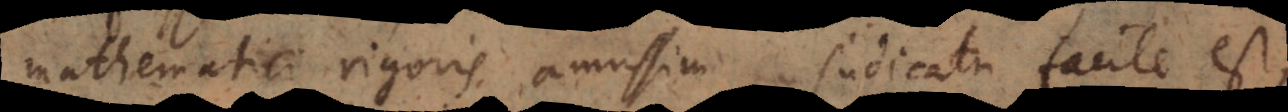
mathematici rigoris amussim, judicatu facile est,